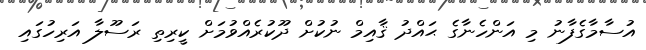
އުސާމާގެފާނު މި އަންހެނާގެ ޙައްދު ޤާއިމް ނުކުށް ދޫކުރެއްވުމަށް ކީރިތި ރަސޫލާ އަރިހުގައި